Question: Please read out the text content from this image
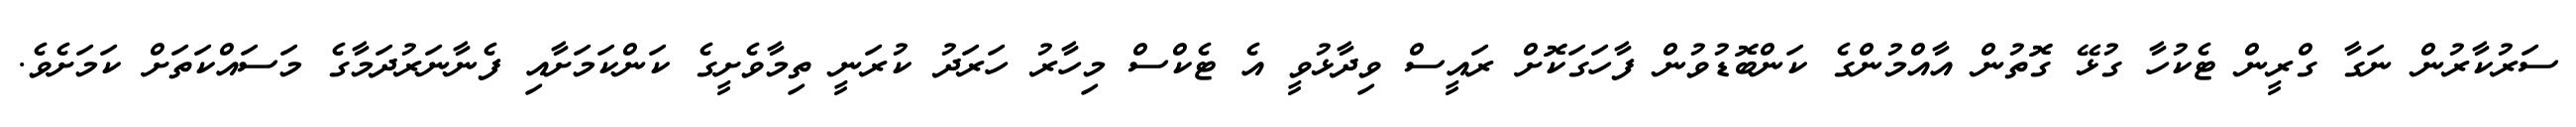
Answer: ސަރުކާރުން ނަގާ ގްރީން ޓެކުހާ ގުޅޭ ގޮތުން އާއްމުންގެ ކަންބޮޑުވުން ފާހަގަކޮށް ރައީސް ވިދާޅުވީ އެ ޓެކްސް މިހާރު ހަރަދު ކުރަނީ ތިމާވެށީގެ ކަންކަމަށާއި ފެނާނަރުދަމާގެ މަސައްކަތަށް ކަމަށެވެ.